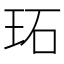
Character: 𤤟